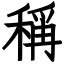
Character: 稱